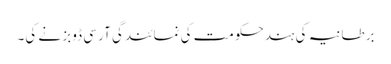
برطانیہ کی ہندحکومت کی نمائندگی آر سی ڈوبز نے کی۔